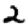
Digit: 2